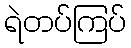
ရဲတပ်ကြပ်